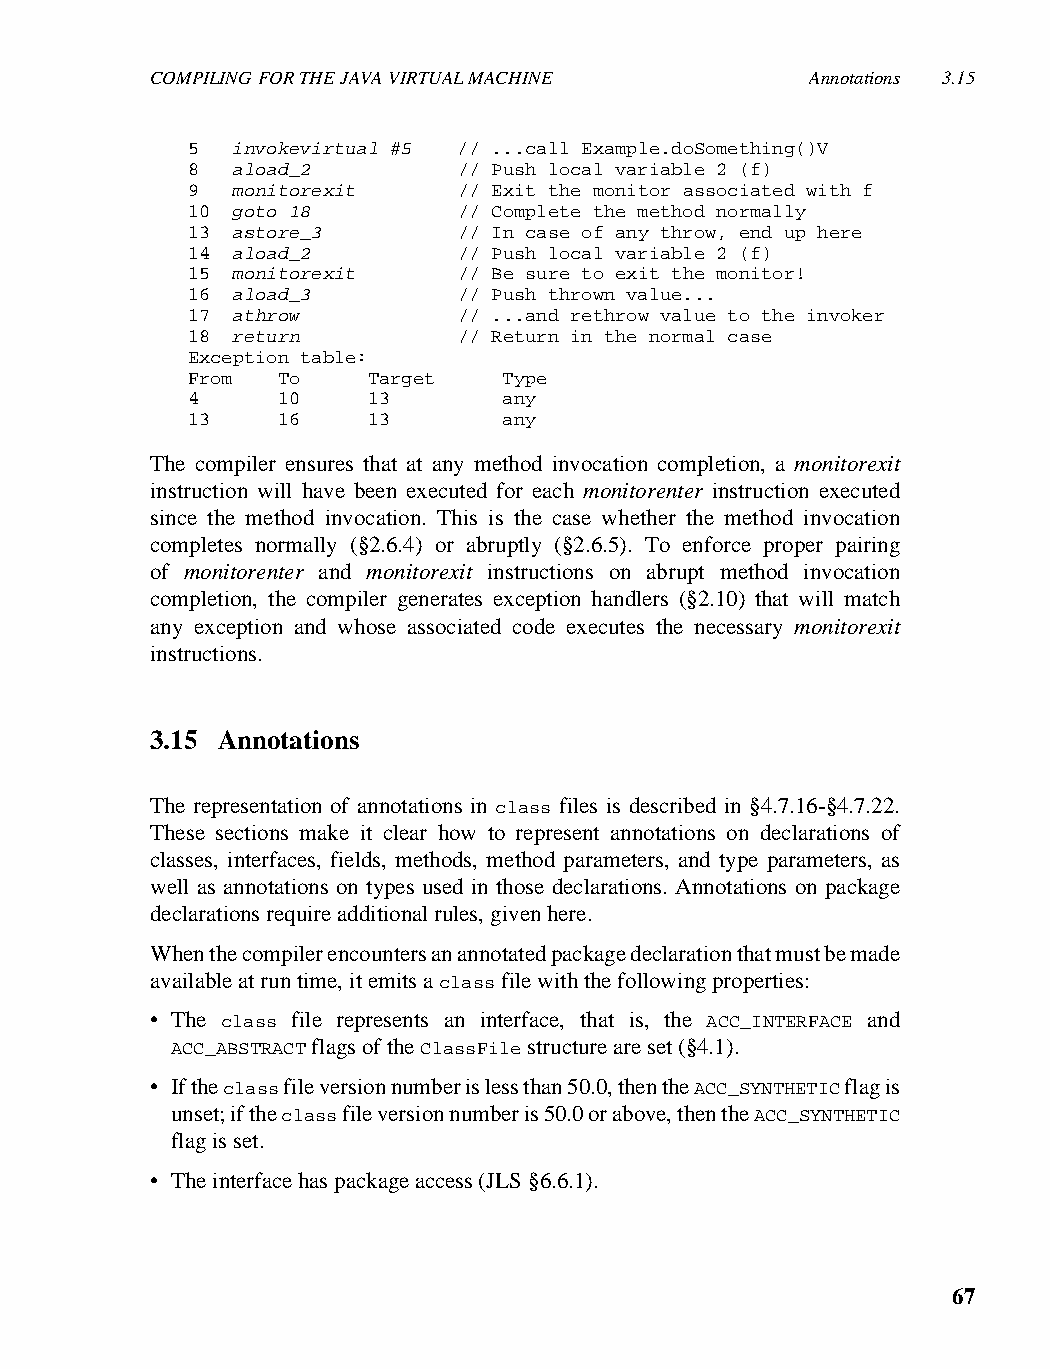
COMPILING FOR THE JAVA VIRTUAL MACHINE      Annotations 3.15
 5  invokevirtual #5 // ...call Example.doSomething()V
 8  aload_2        // Push local variable 2 (f)
 9  monitorexit    // Exit the monitor associated with f
 10 goto 18        // Complete the method normally
 13 astore_3       // In case of any throw, end up here
 14 aload_2        // Push local variable 2 (f)
 15 monitorexit    // Be sure to exit the monitor!
 16 aload_3        // Push thrown value...
 17 athrow         // ...and rethrow value to the invoker
 18 return         // Return in the normal case
 Exception table:
 From  To    Target   Type
 4     10    13       any
 13    16    13       any
 The compiler ensures that at any method invocation completion, a monitorexit
 instruction will have been executed for each monitorenter instruction executed
 since the method invocation. This is the case whether the method invocation
 completes normally (§2.6.4) or abruptly (§2.6.5). To enforce proper pairing
 of monitorenter and monitorexit instructions on abrupt method invocation
 completion, the compiler generates exception handlers (§2.10) that will match
 any exception and whose associated code executes the necessary monitorexit
 instructions.
 3.15 Annotations
 The representation of annotations in class files is described in §4.7.16-§4.7.22.
 These sections make it clear how to represent annotations on declarations of
 classes, interfaces, fields, methods, method parameters, and type parameters, as
 well as annotations on types used in those declarations. Annotations on package
 declarations require additional rules, given here.
 When the compiler encounters an annotated package declaration that must be made
 available at run time, it emits a class file with the following properties:
 • The class file represents an interface, that is, the ACC_INTERFACE and
 ACC_ABSTRACT flags of the ClassFile structure are set (§4.1).
 • If the class file version number is less than 50.0, then the ACC_SYNTHETIC flag is
 unset; if the class file version number is 50.0 or above, then the ACC_SYNTHETIC
 flag is set.
 • The interface has package access (JLS §6.6.1).
 67